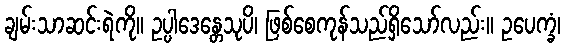
ချမ်းသာဆင်းရဲကို။ ဥပ္ပါဒေန္တေသုပိ၊ ဖြစ်စေကုန်သည်ရှိသော်လည်း။ ဥပေက္ခံ၊